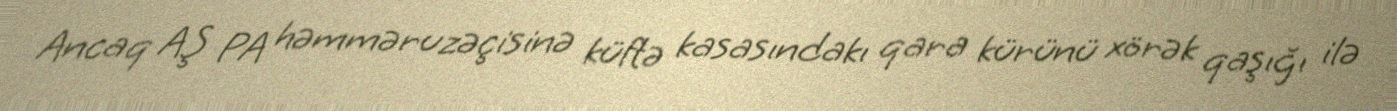
Ancaq AŞ PA həmməruzəçisinə küftə kasasındakı qara kürünü xörək qaşığı ilə